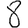
Digit: 8